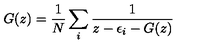
G ( z ) = { \frac { 1 } { N } } \sum _ { i } { \frac { 1 } { z - \epsilon _ { i } - G ( z ) } }